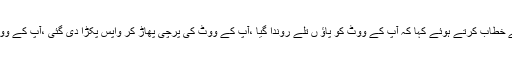
نواز شریف نے عوام سے خطاب کرتے ہوئے کہا کہ آپ کے ووٹ کو پاﺅ ں تلے روندا گیا ،آپ کے ووٹ کی پرچی پھاڑ کر واپس پکڑا دی گئی ،آپ کے ووٹ کا کوئی احترام نہیں ۔